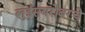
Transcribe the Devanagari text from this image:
लुईसबरोबरचे